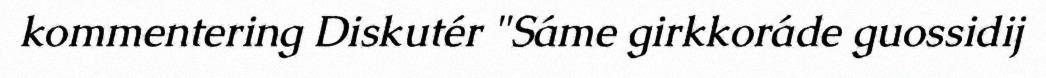
kommentering Diskutér "Sáme girkkoráde guossidij